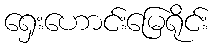
ရှေးဟောင်းမြေရိုင်း